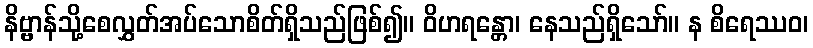
နိဗ္ဗာန်သို့စေလွှတ်အပ်သောစိတ်ရှိသည်ဖြစ်၍။ ဝိဟရန္တော၊ နေသည်ရှိသော်။ န စိရေဿဝ၊